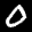
Label: 0